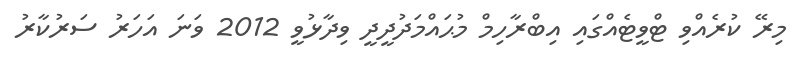
މިރޭ ކުރެއްވި ޓްވީޓެއްގައި އިބްރާހިމް މުޙައްމަދުދީދީ ވިދާޅުވީ 2012 ވަނަ އަހަރު ސަރުކާރު